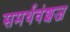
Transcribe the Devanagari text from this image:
समर्थवंशज